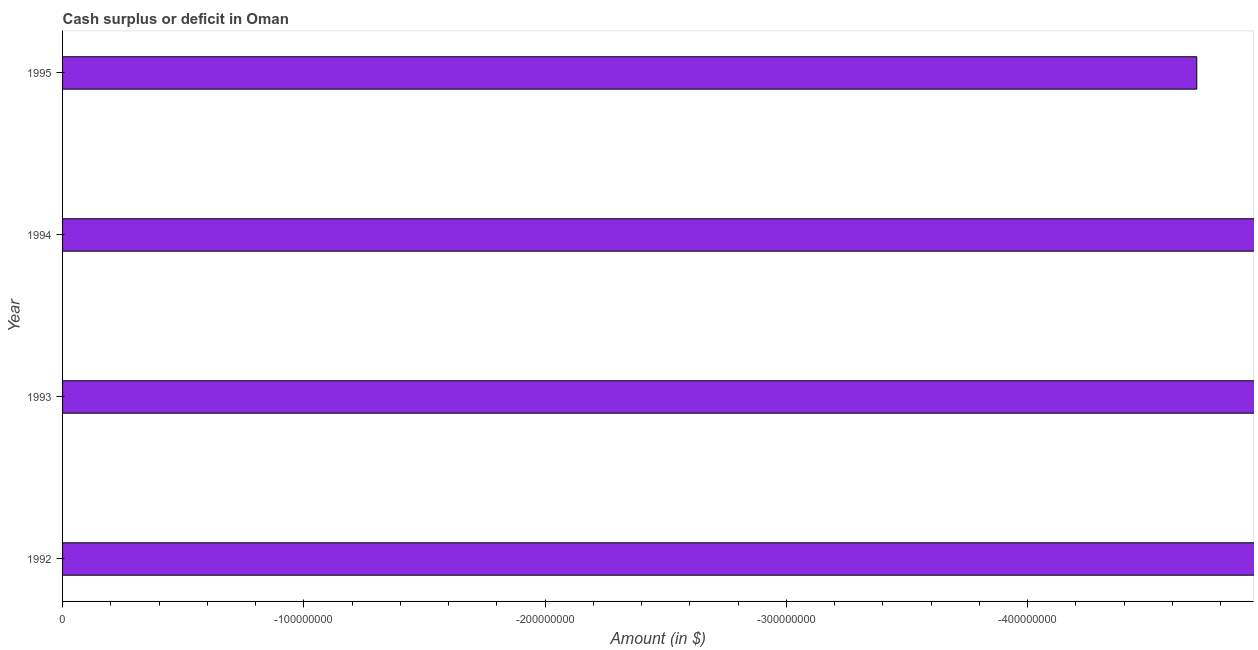
| Year | Cash surplus or deficit |
 | --- | --- |
 | 1992 | -5.61e+08 |
 | 1993 | -4.94e+08 |
 | 1994 | -4.96e+08 |
 | 1995 | -4.7e+08 |